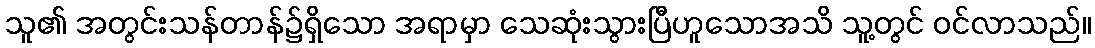
သူ၏ အတွင်းသန်တာန်၌ရှိသော အရာမှာ သေဆုံးသွားပြီဟူသောအသိ သူ့တွင် ဝင်လာသည်။